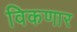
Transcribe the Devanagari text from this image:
विकणार